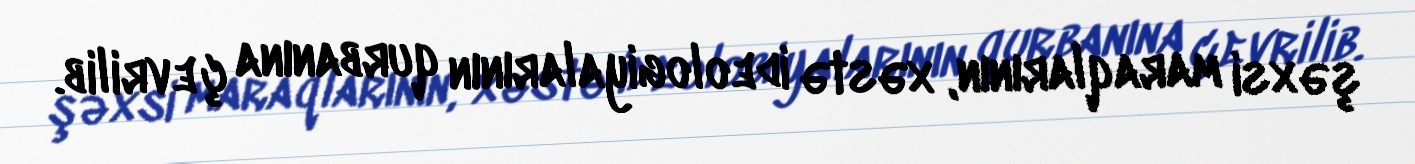
şəxsi maraqlarının, xəstə ideologiyalarının qurbanına çevrilib.